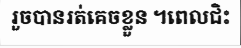
រួចបានរត់គេចខ្លួន ។ពេលជិះ